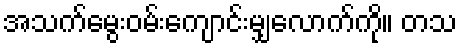
အသက်မွေးဝမ်းကျောင်းမျှလောက်ကို။ တသ